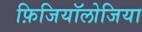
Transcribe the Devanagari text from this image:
फ़िजियॉलोजिया